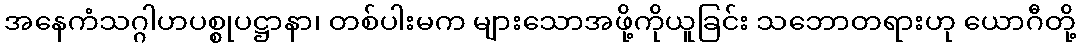
အနေကံသဂ္ဂါဟပစ္စုပဋ္ဌာနာ၊ တစ်ပါးမက များသောအဖို့ကိုယူခြင်း သဘောတရားဟု ယောဂီတို့